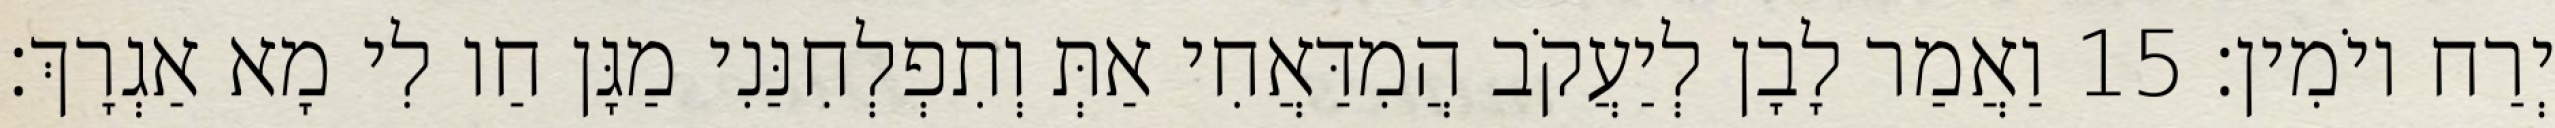
יְרַח יוֹמִין׃ 15 וַאֲמַר לָבָן לְיַעֲקֹב הֲמִדַּאֲחִי אַתְּ וְתִפְלְחִנַּנִי מַגָּן חַו לִי מָא אַגְרָךְ׃